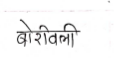
मजकूर: बोरीवली